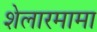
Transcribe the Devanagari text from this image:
शेलारमामा